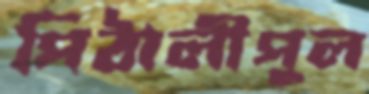
পিঠালীপুল